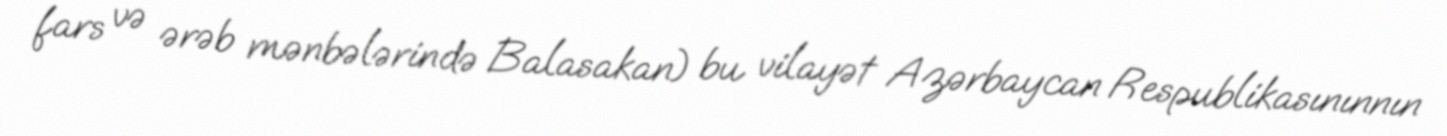
fars və ərəb mənbələrində Balasakan) bu vilayət Azərbaycan Respublikasınınnın